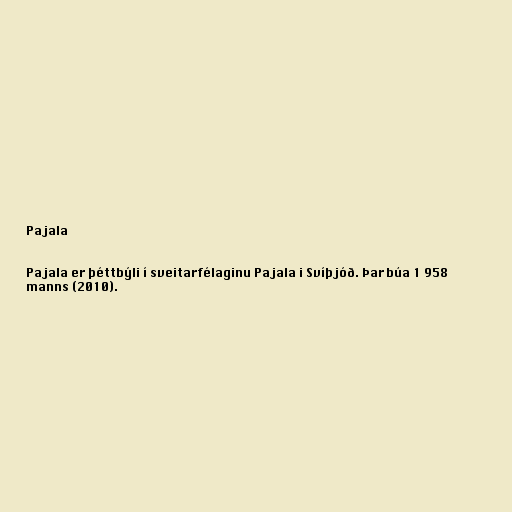
Pajala

Pajala er þéttbýli í sveitarfélaginu Pajala i Svíþjóð. Þar búa 1 958
manns (2010).